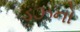
ડઝનો